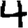
Digit: 4